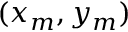
( x _ { m } , y _ { m } )